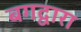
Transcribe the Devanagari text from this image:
बगद्वारा